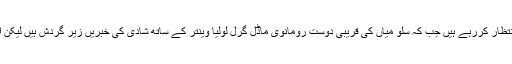
سلمان خان اب تک فلم نگری کے کنوارے سپر اسٹار ہیں جن کے مداح ان کی شادی کا بے صبری سے انتظار کررہے ہیں جب کہ سلو میاں کی قریبی دوست رومانوی ماڈل گرل لولیا وینتر کے ساتھ شادی کی خبریں زیر گردش ہیں لیکن اب دیکھنا ہے کہ دبنگ خان کب دولہے کا سہرا سر پر سجاتے ہیں جس کا سب کو شدت سے انتظار ہے۔